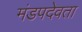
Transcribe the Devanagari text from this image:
मंडपदेवता